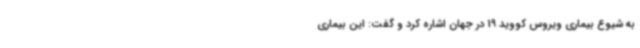
به ‌شیوع بیماری ویروس کووید 19 در جهان اشاره کرد و گفت: این بیماری